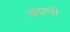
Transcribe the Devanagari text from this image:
अंग्रणी